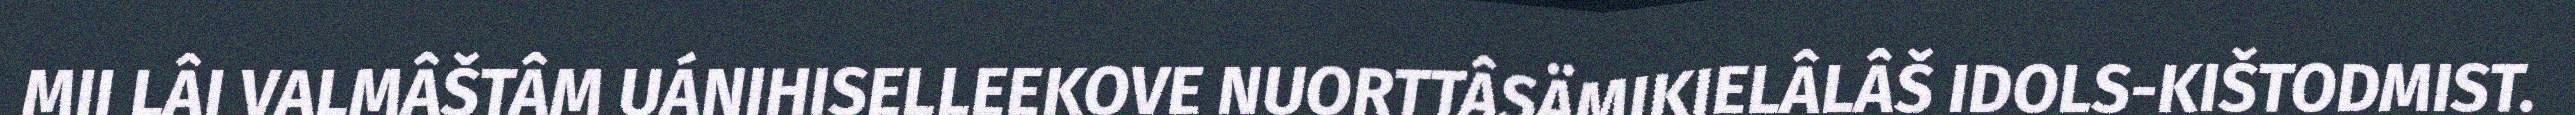
MII LÂI VALMÂŠTÂM UÁNIHISELLEEKOVE NUORTTÂSÄMIKIELÂLÂŠ IDOLS-KIŠTODMIST.